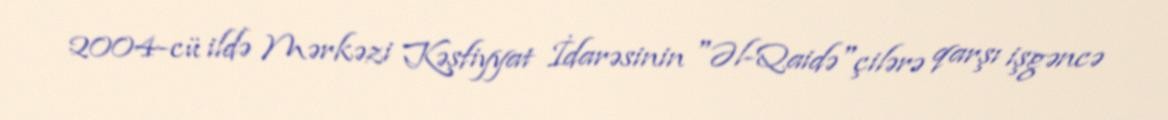
2004-cü ildə Mərkəzi Kəşfiyyat İdarəsinin "Əl-Qaidə"çilərə qarşı işgəncə